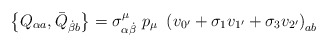
\begin{align*}\left\{ Q_{\alpha a},\bar{Q}_{\dot{\beta}b}\right\} =\sigma _{\alpha \dot{\beta}}^\mu \,\,p_\mu \,\,\left( v_{0^{\prime }}+\sigma _1v_{1^{\prime}}+\sigma _3v_{2^{\prime }}\right) _{ab}\end{align*}